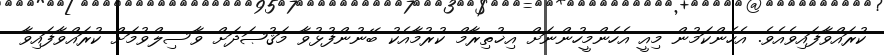
ކުރައްވާފައިވެއެވެ. އެހެންކަމުން މިއީ އެހެންމީހުންނަށް އިޚުތިރާމް ކުރުމާއެކު ބޭނުންފުޅުވާ މަޤުޞަދަށް ވާސިލްވުމަށް ކުރައްވާފައިވާ